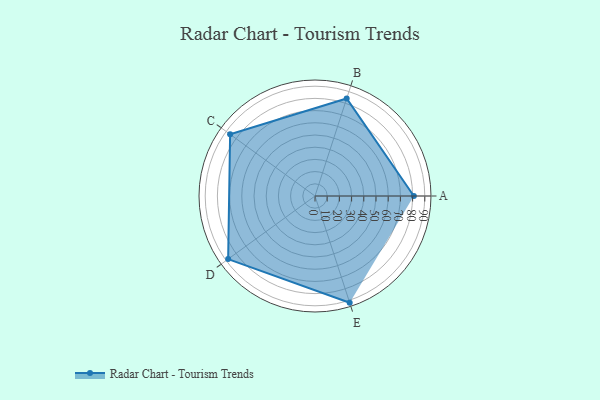
{"axis": {"x": "Skill", "y": "Score"}, "legend": ["Profile"], "data": [{"x": "A", "y": 81.0, "type": "Profile"}, {"x": "B", "y": 84.0, "type": "Profile"}, {"x": "C", "y": 86.0, "type": "Profile"}, {"x": "D", "y": 88.0, "type": "Profile"}, {"x": "E", "y": 92.0, "type": "Profile"}]}